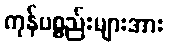
ကုန်ပစ္စည်းများအား